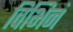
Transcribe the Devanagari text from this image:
विभिनं